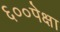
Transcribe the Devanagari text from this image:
६००पेक्षा